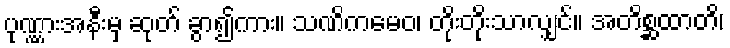
ပုဏ္ဏားအနီးမှ ဆုတ် ခွာ၍ကား။ သဏိကမေဝ၊ တိုးတိုးသာလျှင်။ အတိစ္ဆထာတိ၊